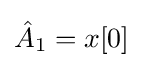
{\hat {A}}_{1}=x[0]